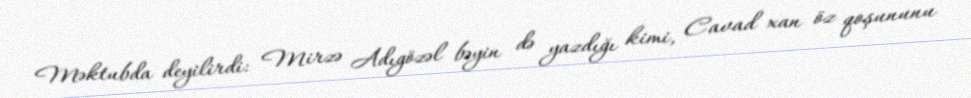
Məktubda deyilirdi: Mirzə Adıgözəl bəyin də yazdığı kimi, Cavad xan öz qoşununu